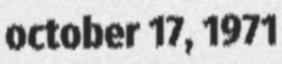
october 17, 1971